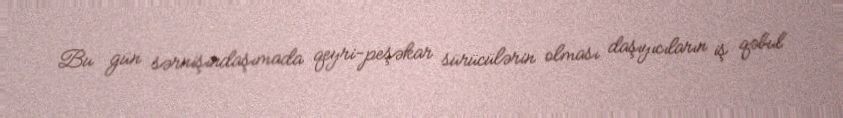
Bu gün sərnişindaşımada qeyri-peşəkar sürücülərin olması daşıyıcıların iş qəbul